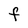
Character: f